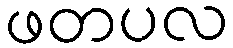
ဖတပလ